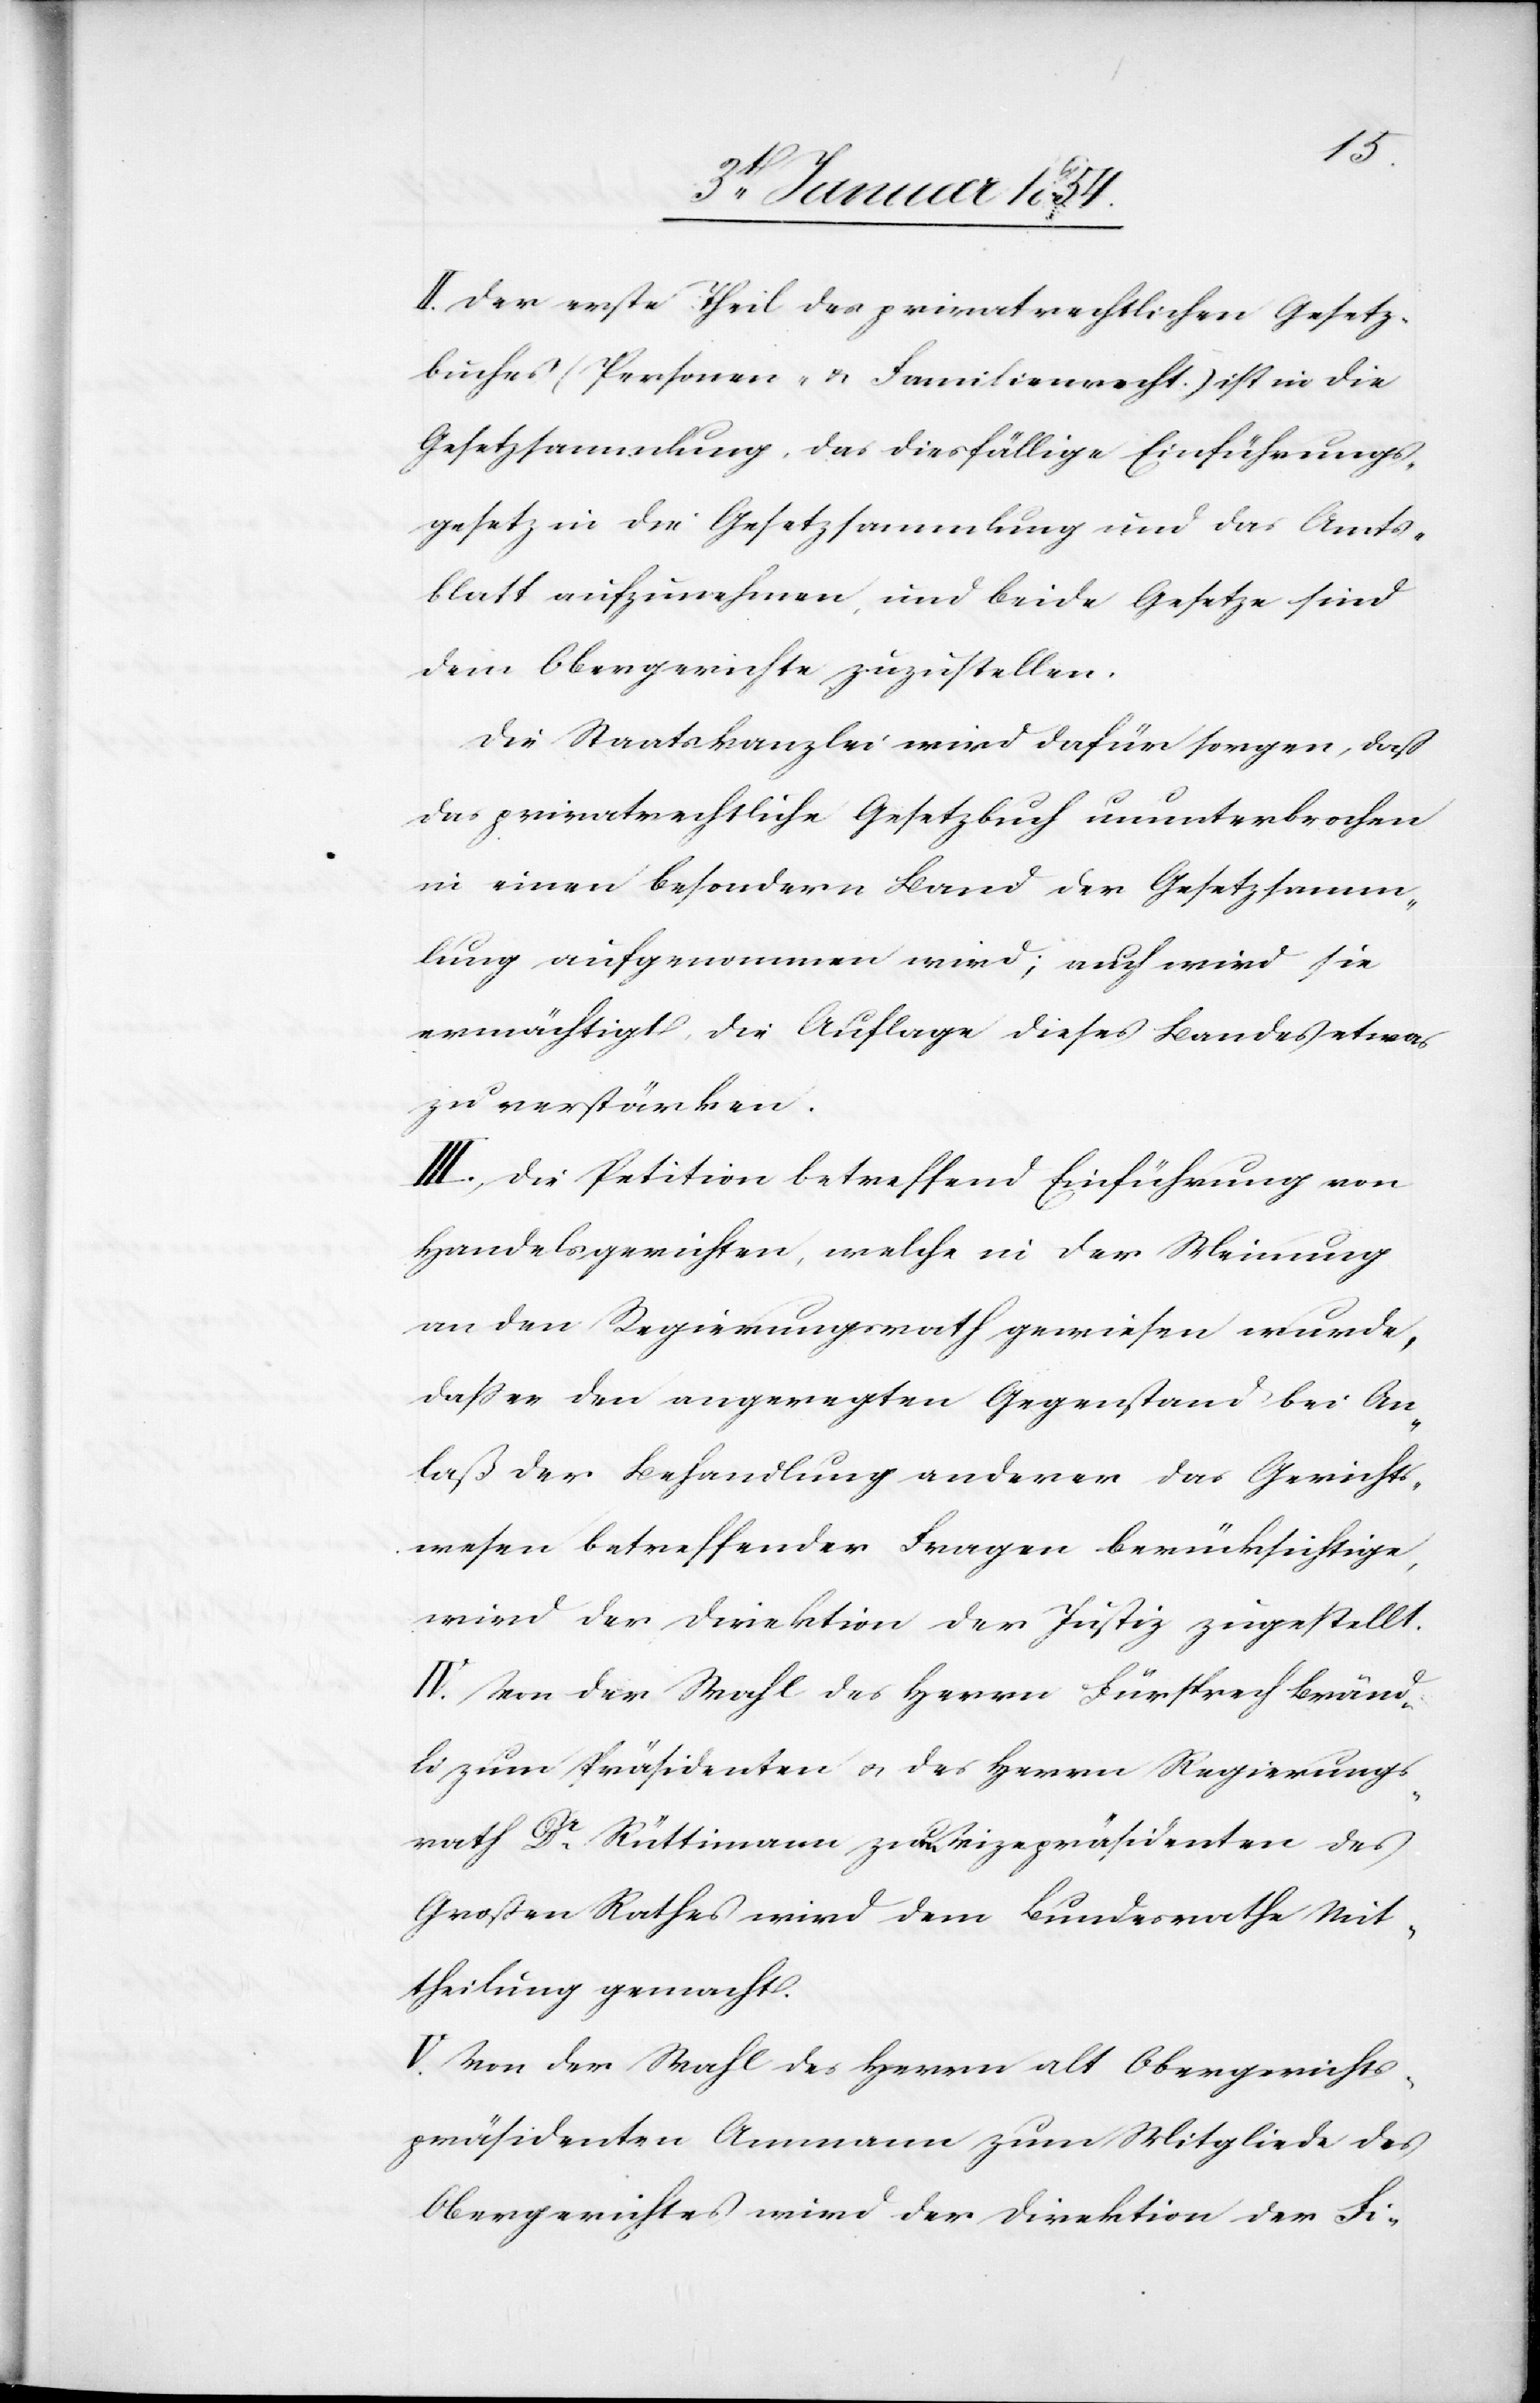
II. Der erste Theil des privatrechtlichen Gesetz¬
buches (Personen- u. Familienrecht.) ist in die
Gesetzsammlung, das diesfällige Einführungs¬
gesetz in die Gesetzsammlung und das Amts¬
blatt aufzunehmen, und beide Gesetze sind
dem Obergerichte zuzustellen.
Die Staatskanzlei wird dafür sorgen, daß
das privatrechtliche Gesetzbuch ununterbrochen
in einen besondern Band der Gesetzsamm¬
lung aufgenommen wird; auch wird sie
ermächtigt, die Auflage dieses Bandes etwas
zu verstärken.
III. Die Petition betreffend Einführung von
Handelsgerichten, welche in der Meinung
an den Regierungsrath gewiesen wurde,
daß er den angeregten Gegenstand bei An¬
laß der Behandlung anderer das Gerichts¬
wesen betreffender Fragen berücksichtige,
wird der Direktion der Justiz zugestellt.
IV. Von der Wahl des Herrn Fürsprech Bränd¬
li zum Präsidenten u. des Herrn Regierungs¬
rath Dr. Rüttimann zum Vizepräsidenten des
Großen Rathes wird dem Bundesrathe Mit¬
theilung gemacht.
V. Von der Wahl des Herrn alt Obergerichts¬
präsidenten Ammann zum Mitgliede des
Obergerichtes wird der Direktion der Fi-